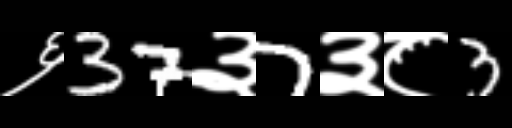
Text: ६37३7३८3